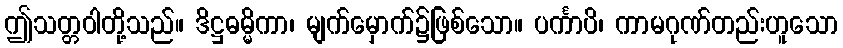
ဤသတ္တဝါတို့သည်။ ဒိဋ္ဌဓမ္မိကာ၊ မျက်မှောက်၌ဖြစ်သော။ ပင်္ကာပိ၊ ကာမဂုဏ်တည်းဟူသော